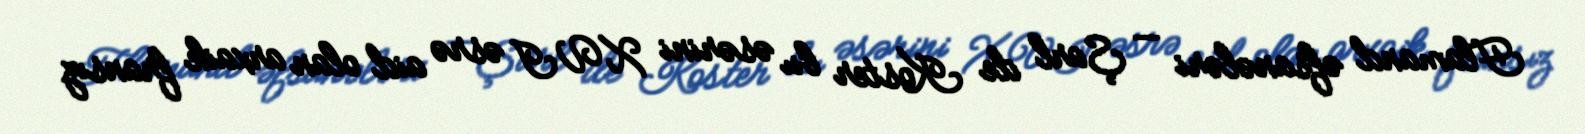
Flamand əfsanələri — Şarl de Koster bu əsərini XVI əsrə aid olan arxaik fransız